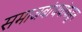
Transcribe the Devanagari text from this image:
समाजबांधवांकडून